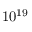
1 0 ^ { 1 9 }